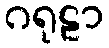
ဂရုဠာ